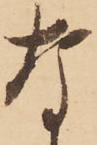
な